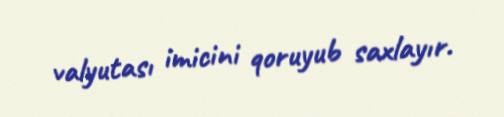
valyutası imicini qoruyub saxlayır.